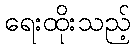
ရေးထိုးသည့်